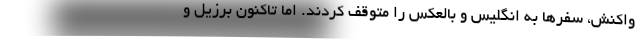
واکنش، سفرها به انگلیس و بالعکس را متوقف کردند. اما تاکنون برزیل و